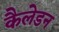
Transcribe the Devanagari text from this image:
कैलेडन